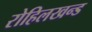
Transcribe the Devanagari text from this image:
रोहिलखन्ड